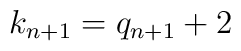
k_{n+1} = q_{n+1} + 2